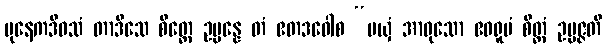
ပုနေကဒိဝသံ တာဒိသေ စိတ္တေ ဥပ္ပန္နေ တံ ဧတဒဝေါစ “မယှံ အာဝုသော ဧဝရူပံ စိတ္တံ ဥပ္ပဇ္ဇတိ